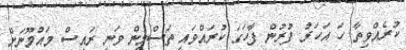
ކުރެއްވިތާ ހަ އަހަރު ފުރުން ފާހަގަ ކުރައްވައި ތަސްމީން ވަނީ ރައީސް މައުމޫނަށް